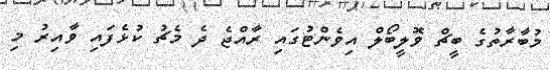
މުބާރާތުގެ ބީޗް ވޮލީބޯލް އިވެންޓުގައި ރާއްޖެ ދެ މެޗު ކުޅެފައި ވާއިރު މި